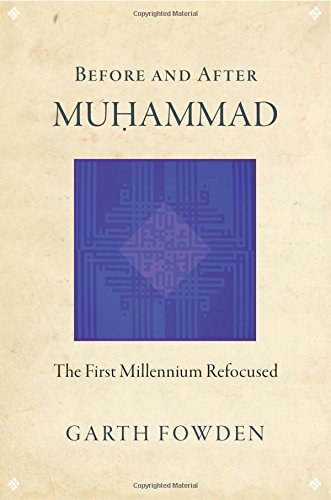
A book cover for Before and After Muhammad: The First Millennium Refocused; Garth Fowden; Religion & Spirituality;